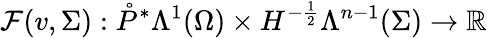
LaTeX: \mathcal{F}(v,\Sigma):\mathring{P}^{\ast}\Lambda^{1}(\Omega)\times H^{-\frac{1}{2}}\Lambda^{n-1}(\Sigma)\to\mathbb{R}